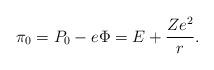
LaTeX: \begin{align*}\pi _{0}=P_{0}-e\Phi =E+\frac{Ze^{2}}{r}.\end{align*}